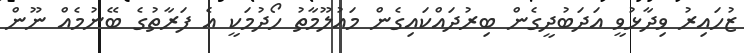
ޒުހައިރު ވިދާޅުވީ އަދަބުދީގެން ބިރުދައްކައިގެން މައުލޫމާތު ހޯދުމަކީ އެ ފަރާތުގެ ބޭނުމެއް ނޫން